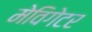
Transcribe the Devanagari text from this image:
मेविगेटर